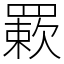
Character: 𦌊